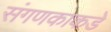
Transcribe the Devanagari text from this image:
संगणकाकडे